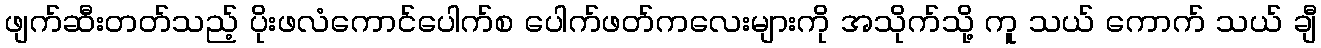
ဖျက်ဆီးတတ်သည့် ပိုးဖလံကောင်ပေါက်စ ပေါက်ဖတ်ကလေးများကို အသိုက်သို့ ကူ သယ် ကောက် သယ် ချီ